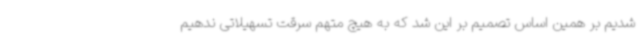
شدیم بر همین اساس تصمیم بر این شد که به هیچ متهم سرقت تسهیلاتی ندهیم